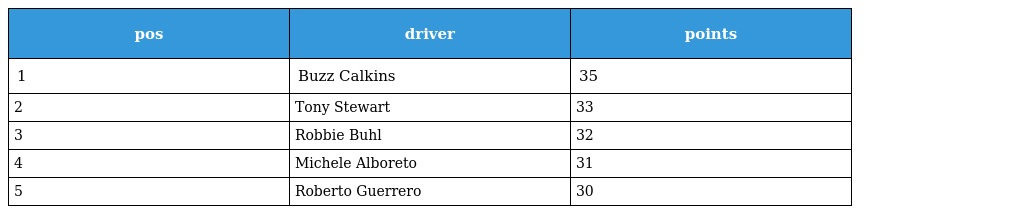
| pos | driver | points |
 | --- | --- | --- |
 | 1 | Buzz Calkins | 35 |
 | 2 | Tony Stewart | 33 |
 | 3 | Robbie Buhl | 32 |
 | 4 | Michele Alboreto | 31 |
 | 5 | Roberto Guerrero | 30 |